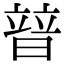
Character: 暜